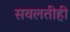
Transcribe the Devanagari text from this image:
सवलतीही